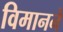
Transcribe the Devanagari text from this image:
विमानने